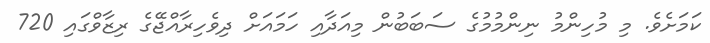
ކަމަށެވެ. މި މުހިންމު ނިންމުމުގެ ސަބަބުން މިއަދާއި ހަމައަށް ދިވެހިރާއްޖޭގެ ރިޒާވްގައި 720